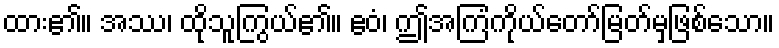
ထား၏။ အဿ၊ ထိုသူကြွယ်၏။ ဧဝံ၊ ဤအကြံကိုယ်တော်မြတ်မှဖြစ်သော။